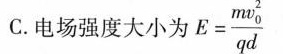
C.电场强度大小为 $$ E= \frac {mv_ {0} ^ {2} } {qd} $$